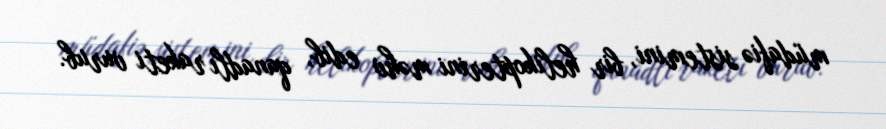
müdafiə sistemini, bir helikopterini məhv edib, qanadlı raketi vurub.